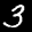
Label: 3